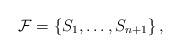
LaTeX: \begin{align*} \mathcal{F} = \left\{S_1, \ldots, S_{n+1}\right\},\end{align*}